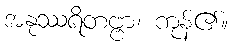
အနုဿရိတဗ္ဗာ၊ ကုန်၏။